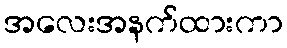
အလေးအနက်ထားကာ